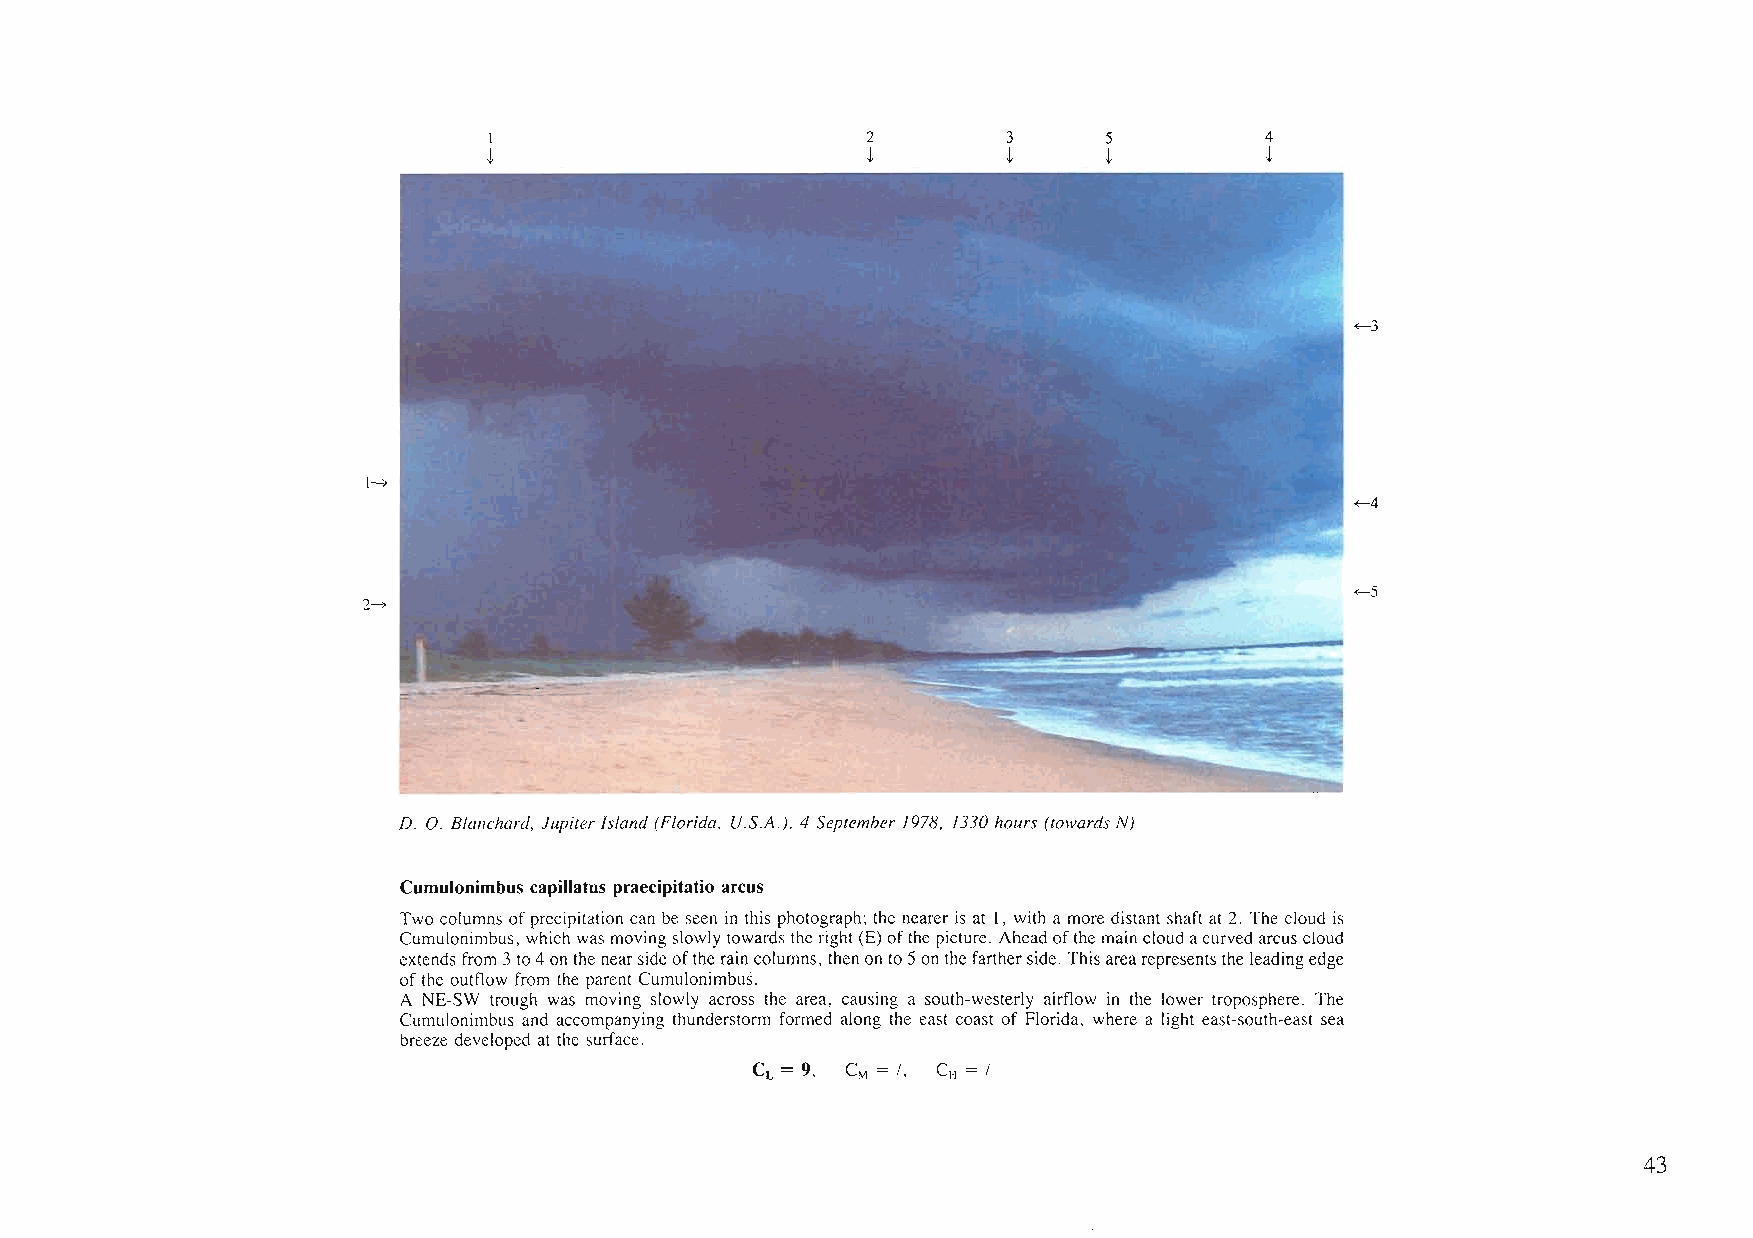
1                        2         3     5          4
 t                        t         t     t          t
 <-3
 (-,>
 <-4
 <-5
 2-,>
 D. O. Blanchard, Jupiter Island (Florida, U.S.A.), 4 September 1978, 1330 hours (towards N)
 Cumulonimbus capillatus praecipitatio arcus
 Two columns ofprecipitation can be seen in this photograph; the nearer is at I, with a more distant shaft at 2. The cloud is
 Cumulonimbus, which was moving slowlytowards the right (E)ofthepicture. Aheadofthemaincloudacurvedarcus cloud
 extendsfrom 3to4on thenearsideofthe raincolumns, thenonto5onthe fartherside. Thisarearepresents the leadingedge
 ofthe outflow from the parent Cumulonimbus.
 A NE-SW trough was moving slowly across the area, causing a south-westerly airflow in the lower troposphere. The
 Cumulonimbus and accompanying thunderstorm formed along the east coast of Florida, where a light east-south-east sea
 breeze developed at the surface.
 CL = 9, CM = /, CH = /
 43